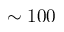
\sim 1 0 0